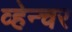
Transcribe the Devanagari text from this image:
व्हेन्चर